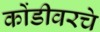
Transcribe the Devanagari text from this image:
कोंडीवरचे